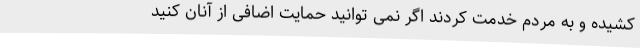
کشیده و به مردم خدمت کردند اگر نمی توانید حمایت اضافی از آنان کنید